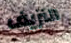
النزيف